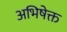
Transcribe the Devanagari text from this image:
अभिषेक्त